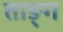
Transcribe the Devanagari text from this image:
ताङ्ग